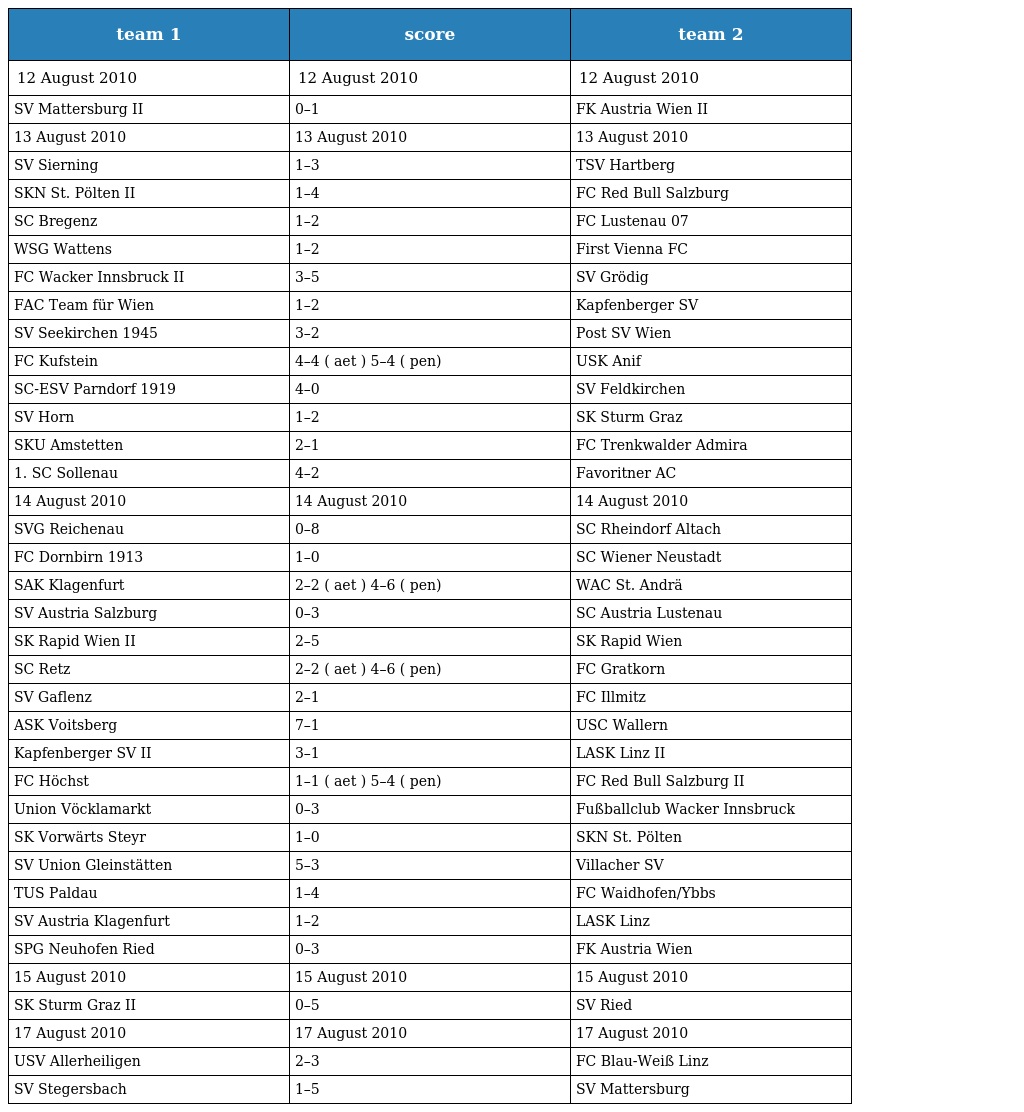
| team 1 | score | team 2 |
 | --- | --- | --- |
 | 12 August 2010 | 12 August 2010 | 12 August 2010 |
 | SV Mattersburg II | 0–1 | FK Austria Wien II |
 | 13 August 2010 | 13 August 2010 | 13 August 2010 |
 | SV Sierning | 1–3 | TSV Hartberg |
 | SKN St. Pölten II | 1–4 | FC Red Bull Salzburg |
 | SC Bregenz | 1–2 | FC Lustenau 07 |
 | WSG Wattens | 1–2 | First Vienna FC |
 | FC Wacker Innsbruck II | 3–5 | SV Grödig |
 | FAC Team für Wien | 1–2 | Kapfenberger SV |
 | SV Seekirchen 1945 | 3–2 | Post SV Wien |
 | FC Kufstein | 4–4 ( aet ) 5–4 ( pen) | USK Anif |
 | SC-ESV Parndorf 1919 | 4–0 | SV Feldkirchen |
 | SV Horn | 1–2 | SK Sturm Graz |
 | SKU Amstetten | 2–1 | FC Trenkwalder Admira |
 | 1. SC Sollenau | 4–2 | Favoritner AC |
 | 14 August 2010 | 14 August 2010 | 14 August 2010 |
 | SVG Reichenau | 0–8 | SC Rheindorf Altach |
 | FC Dornbirn 1913 | 1–0 | SC Wiener Neustadt |
 | SAK Klagenfurt | 2–2 ( aet ) 4–6 ( pen) | WAC St. Andrä |
 | SV Austria Salzburg | 0–3 | SC Austria Lustenau |
 | SK Rapid Wien II | 2–5 | SK Rapid Wien |
 | SC Retz | 2–2 ( aet ) 4–6 ( pen) | FC Gratkorn |
 | SV Gaflenz | 2–1 | FC Illmitz |
 | ASK Voitsberg | 7–1 | USC Wallern |
 | Kapfenberger SV II | 3–1 | LASK Linz II |
 | FC Höchst | 1–1 ( aet ) 5–4 ( pen) | FC Red Bull Salzburg II |
 | Union Vöcklamarkt | 0–3 | Fußballclub Wacker Innsbruck |
 | SK Vorwärts Steyr | 1–0 | SKN St. Pölten |
 | SV Union Gleinstätten | 5–3 | Villacher SV |
 | TUS Paldau | 1–4 | FC Waidhofen/Ybbs |
 | SV Austria Klagenfurt | 1–2 | LASK Linz |
 | SPG Neuhofen Ried | 0–3 | FK Austria Wien |
 | 15 August 2010 | 15 August 2010 | 15 August 2010 |
 | SK Sturm Graz II | 0–5 | SV Ried |
 | 17 August 2010 | 17 August 2010 | 17 August 2010 |
 | USV Allerheiligen | 2–3 | FC Blau-Weiß Linz |
 | SV Stegersbach | 1–5 | SV Mattersburg |